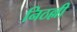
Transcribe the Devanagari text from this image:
निठल्ली